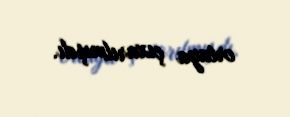
ortaya çıxarılmışdı.